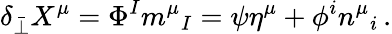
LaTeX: \delta_{\bar{\perp}}X^{\mu}=\Phi^{I}m^{\mu}{}_{I}=\psi\eta^{\mu}+\phi^{i}n^{\mu}{}_{i}\, .